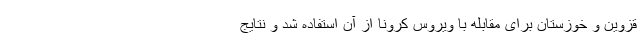
قزوین و خوزستان برای مقابله با ویروس کرونا از آن استفاده شد و نتایج